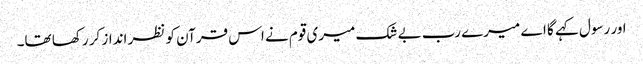
اور رسول کہے گا اے میرے رب بے شک میری قوم نے اس قرآن کو نظر انداز کر رکھا تھا۔